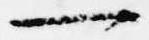
一